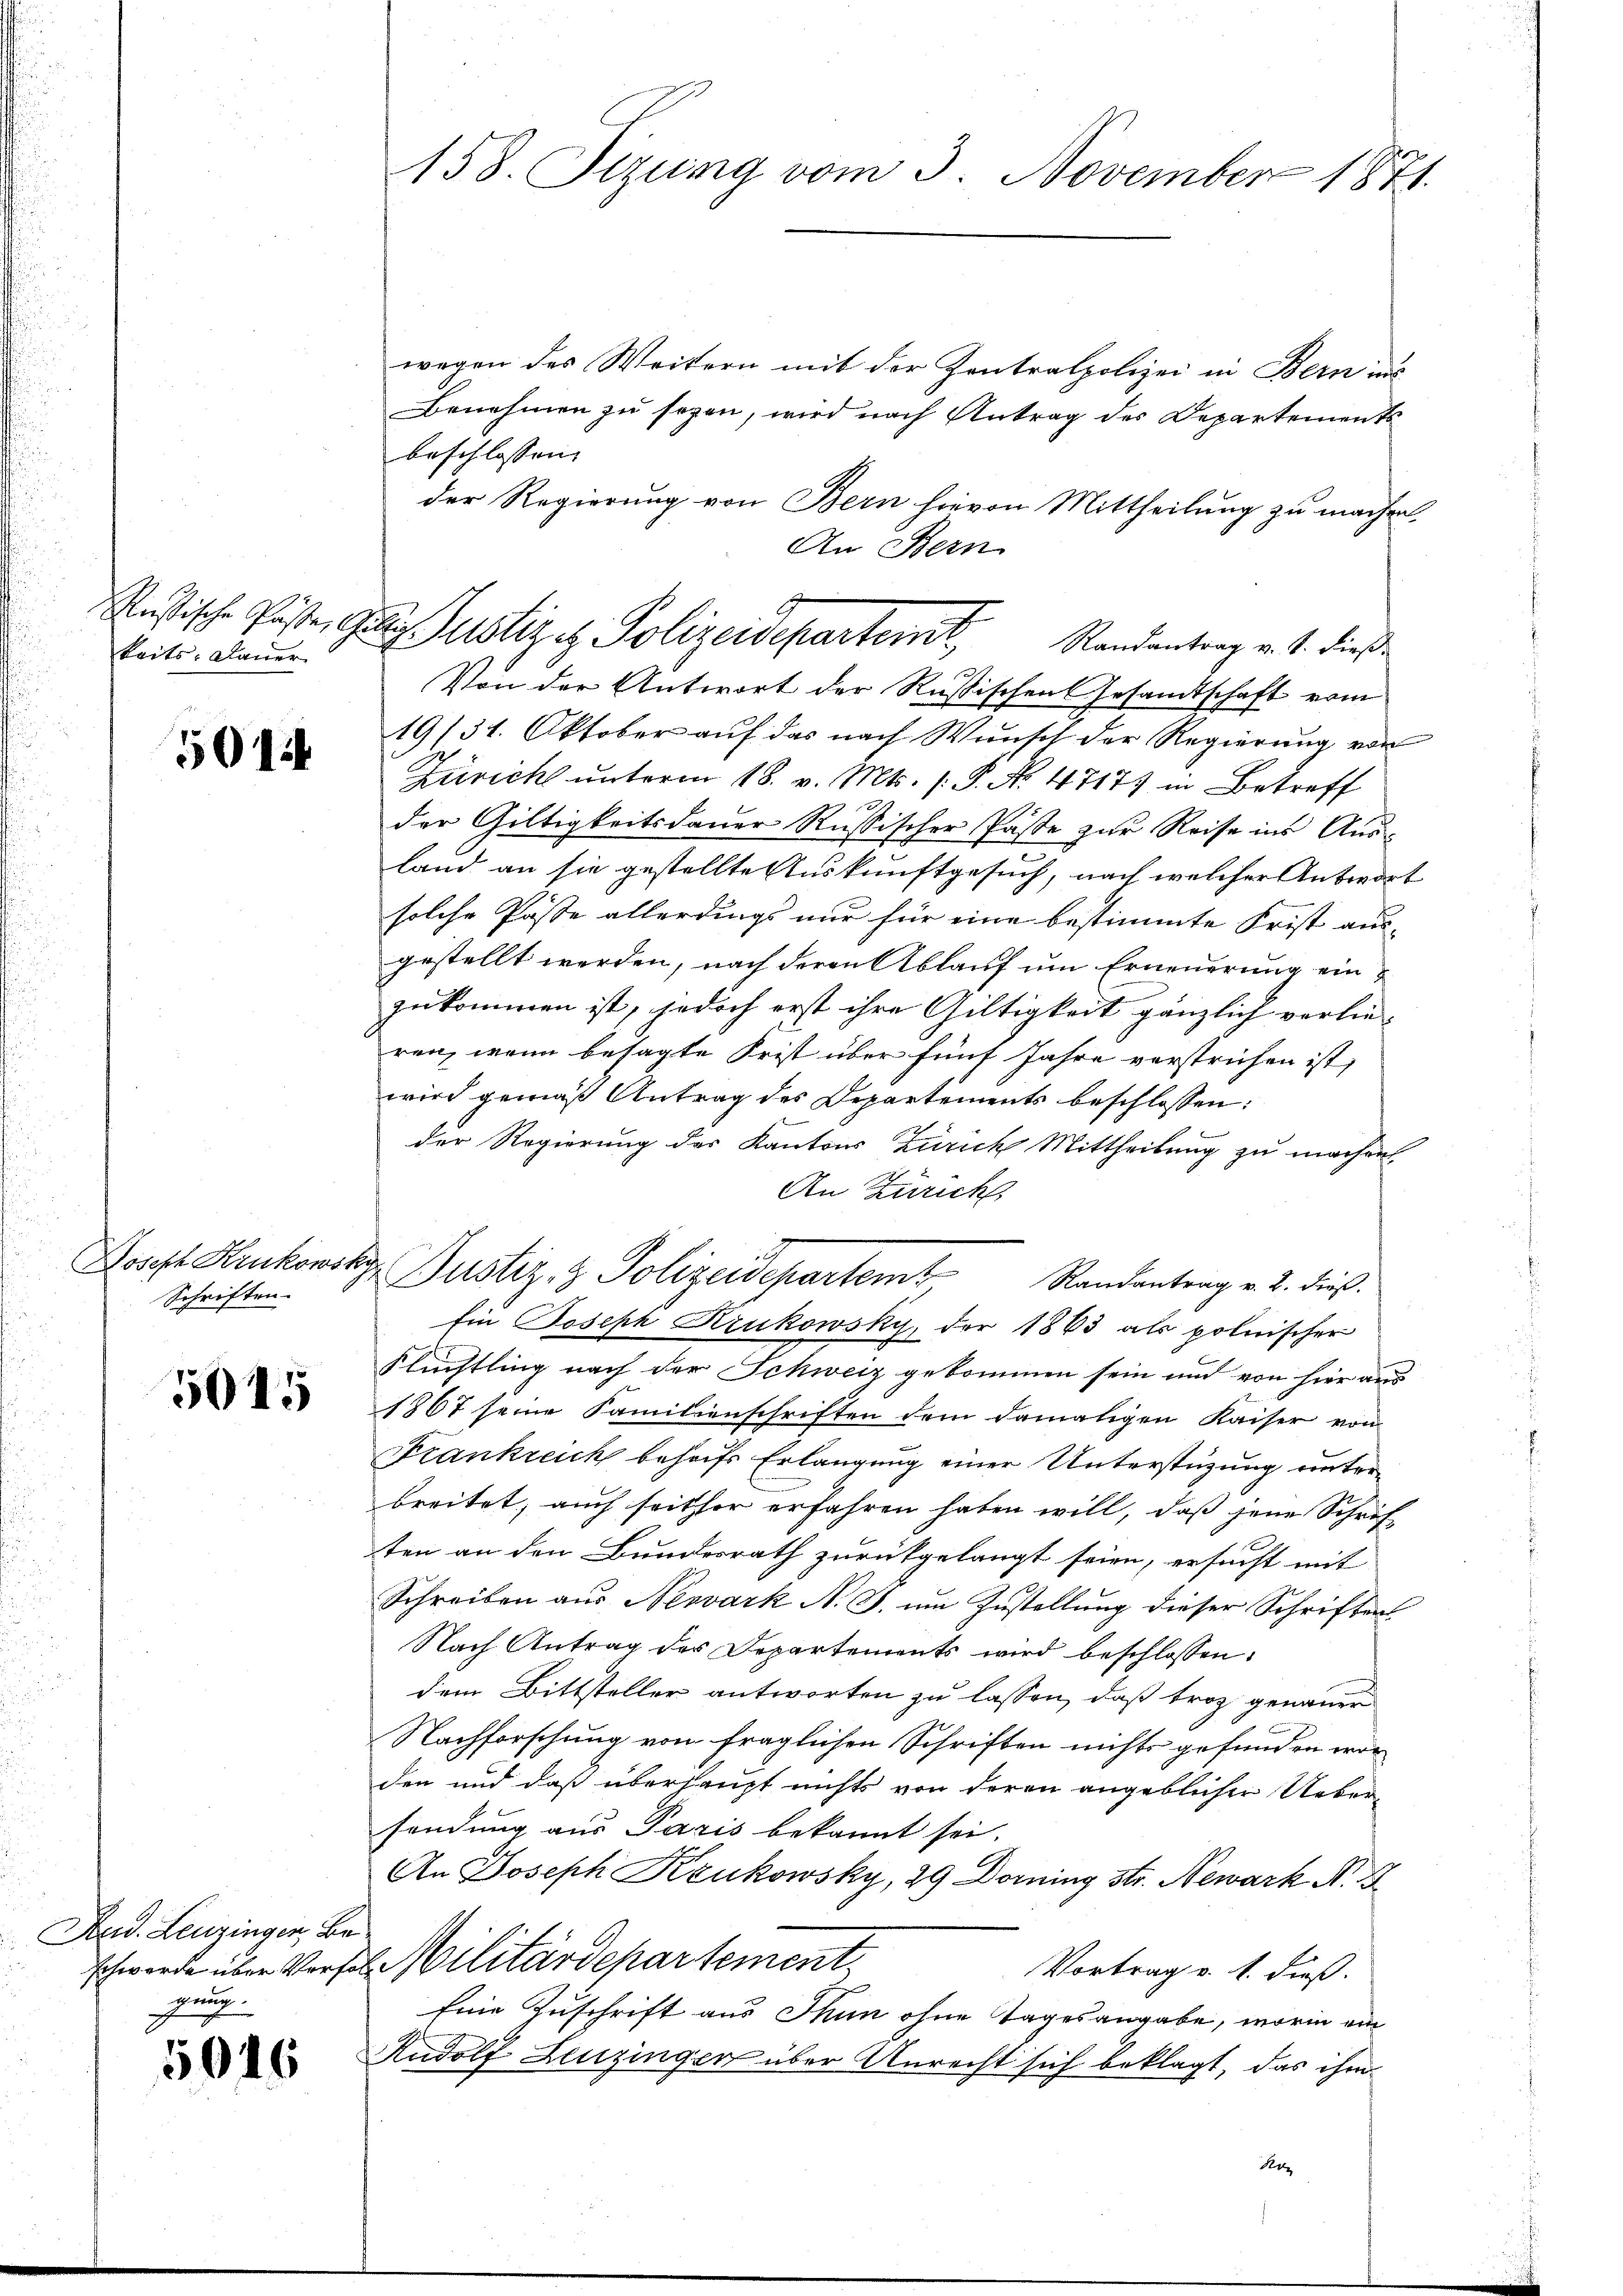
keits. Dauer

504

Joseph Krukowsky
Schriften.

5015

Feid. Leuzingen, Begeig

5046

158. Sizung vom 3. November 1871.

Russische Pöste Gutes Justizez Polizeidepartemt, Randantrag v. 4. dieß
f

wegen des Weitern mit der Zentralpolizei in Bern uns
Benehmen zu sehen, wird nach Antrag des Departements
beschlossen,
der Regierung von Bern hievon Mittheilung zu machen.
An Bern
Von der Antwort der Russischen Gesandtschaft vom
19/31. Oktober auf das nach Wunsch der Regierung von
Züricht unterm 18. v. Mts. (: P. Nr. 4717 in Betreff
x
der Gültigkeitsdauer Russischer Paste zur Reise ins Aus-
land an sie gestellte Auskunftgesuch, nach welcher Antwort
solche Pässe allerdings nur für eine bestimmte Frist aus-
gestellt werden, nach deren Ablauf um Erneuerung einzukommen ist, jedoch erst ihre Gültigkeit gänzlich verlie-
ren, wenn besagte Frist über fünf Jahre verstrichen ist,
wird gemäß Antrag des Departements beschlossen:
der Regierung des Kantons Zürich Mittheilung zu machen
An Zürich,
Justiz- & Polizeidepartemt
Randantrag v. 2. dieß.
Ein Joseph Krukowsky, der 1863 als polnischer
Flüchtling nach der Schweiz gekommen sein und von hier aus
1867 seine Familienschriften dem damaligen Kaiser von
Frankreich behufs Erlangung einer Unterstützung unterbreitet, auch seither erfahren haben will, daß jene Schriften an den Bundesrath zurückgelangt seien, ersucht mit
Schreiben aus Nesvárk N. J. um Zustellung dieser Schriften
Nach Antrag der Departements wird beschlossen:
dem Bittsteller antworten zu lassen, daß troz genauer
Nachforschung von fraglichen Schriften nichts gefunden worden und daß überhaupt nichts von deren angeblicher Ueber-
sendung aus Paris bekannt sei.
An Joseph Kzukowsky, 29 Dorning Str. Newark N.
schwerde über Verfel Militärdepartement
Vortrag v. 1. dieß.
Eine Zuschrift aus Thun ohne Tagesangabe, worin ein
Rudolf Lenzinger über Unrecht sich beklagt, das ihm
Re